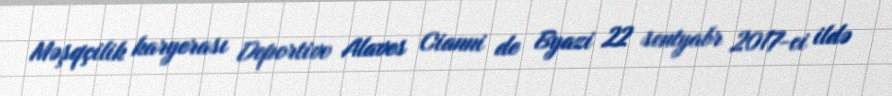
Məşqçilik karyerası Deportivo Alaves Cianni de Byazi 22 sentyabr 2017-ci ildə